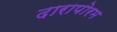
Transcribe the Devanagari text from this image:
दारापोरम